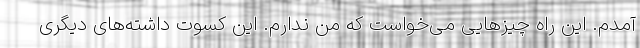
آمدم. این راه چیزهایی می‌خواست که من ندارم. این کسوت داشته‌های دیگری